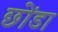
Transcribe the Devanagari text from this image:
छोंडा